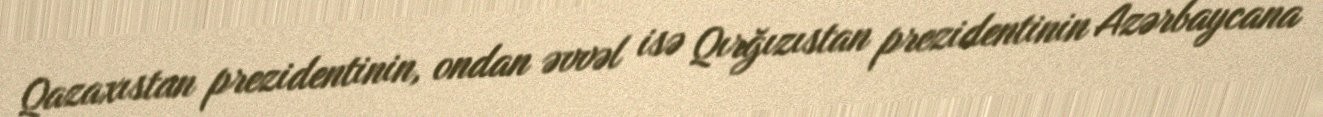
Qazaxıstan prezidentinin, ondan əvvəl isə Qırğızıstan prezidentinin Azərbaycana